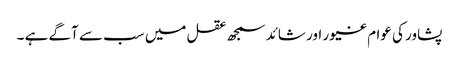
پشاور کی عوام غیور اور شائد سمجھ عقل میں سب سے آگے ہے ۔